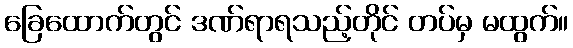
ခြေထောက်တွင် ဒဏ်ရာရသည့်တိုင် တပ်မှ မထွက်။